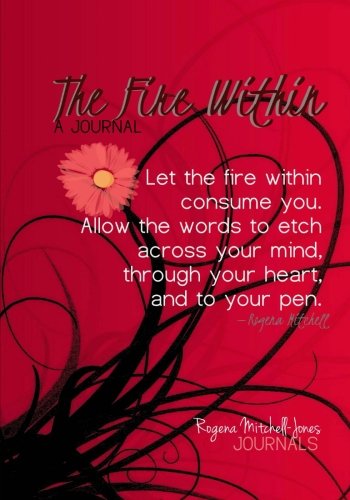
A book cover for The Fire Within - A Journal; Rogena Mitchell-Jones; Self-Help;